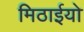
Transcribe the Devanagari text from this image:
मिठाईयो